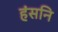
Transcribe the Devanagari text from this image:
हंसनि